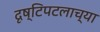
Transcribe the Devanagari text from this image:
दृष्टिपटलाच्या